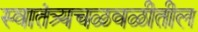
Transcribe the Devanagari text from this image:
स्वातंत्र्यचळवळीतील